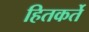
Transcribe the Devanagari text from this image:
हितकर्ते